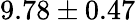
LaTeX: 9.78\pm 0.47